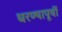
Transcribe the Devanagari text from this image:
धरण्यापूर्वी